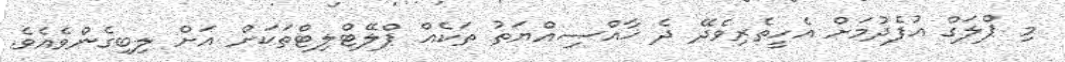
މި ޕްލަގް އުފެދުމަށް އެހީތެރިވެދޭ ދެ ޚާއްޞިއްޔަތު ތަކެއް ޕްލޭޓްލިޓްތަކަށް އަށް ލިބިގެންވެއެވެ.